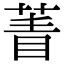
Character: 𦴀